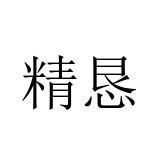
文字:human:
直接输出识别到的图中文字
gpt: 精恳